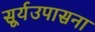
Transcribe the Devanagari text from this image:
सूर्यउपासना